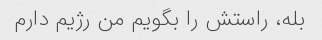
بله، راستش را بگویم من رژیم دارم